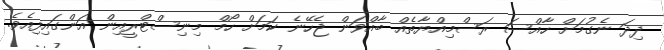
ދިދަ ނެގުމަށް ހާއްސަ ރަސްމިއްޔާތެއް ބާއްވަން ޖެހޭނެ ކަމަށް ހޯމް މިނިސްޓްރީއިން އަންގައިފިއެވެ.